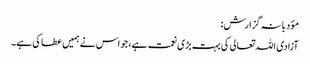
مؤدبانہ گزارش:
آزادی اللہ تعالی کی بہت بڑی نعمت ہے، جو اس نے ہمیں عطا کی ہے۔